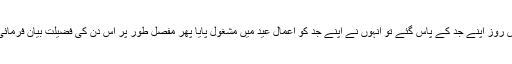
مؤمنوں کی چار عیدیں عید فطر، ضحی، غدیر اور جمعہ ہیں. اس نے امام ہادی سے نقل کیا کہ وہ اس روز اپنے جد کے پاس گئے تو انہوں نے اپنے جد کو اعمال عید میں مشغول پایا پھر مفصل طور پر اس دن کی فضیلت بیان فرمائی یہانتک کہ فرمایا: فرشتے اس روز سے لے کر تین دن تک انسان کے برے اعمال نہیں لکھتے ہیں۔